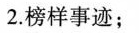
2.榜样事迹；